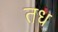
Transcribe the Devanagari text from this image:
तध